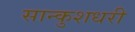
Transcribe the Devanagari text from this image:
सान्कुशधरी